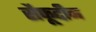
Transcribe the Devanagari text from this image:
सैफूद्दीन